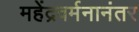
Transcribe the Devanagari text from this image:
महेंद्रवर्मनानंतर